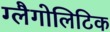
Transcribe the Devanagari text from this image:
ग्लैगोलिटिक